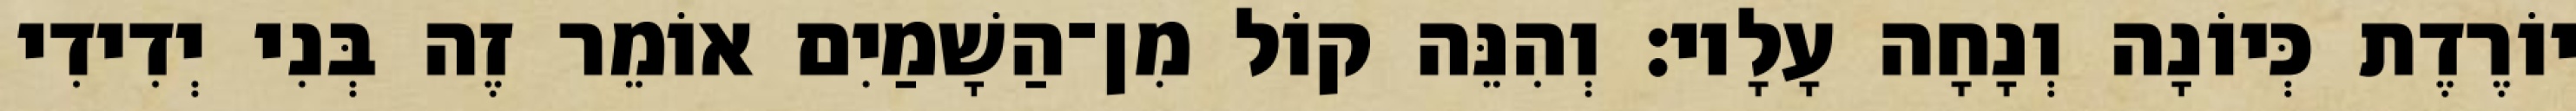
יוֹרֶדֶת כְּיוֹנָה וְנָחָה עָלָיו׃ וְהִנֵּה קוֹל מִן־הַשָׁמַיִם אוֹמֵר זֶה בְּנִי יְדִידִי